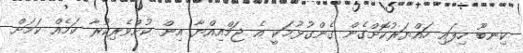
ކިނބޫ ހިފައި ހައްޔަރުކޮށްގެން ގެންގުޅުމަކީ އެ ޖަމްއިއްޔާ އިން ކުށްވެރިކުރާ ކަމެއް ކަމަށް